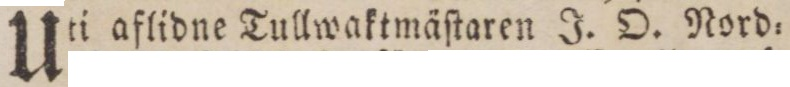
Uti aflidne Tullwaktmäſtaren J. O. Nord=